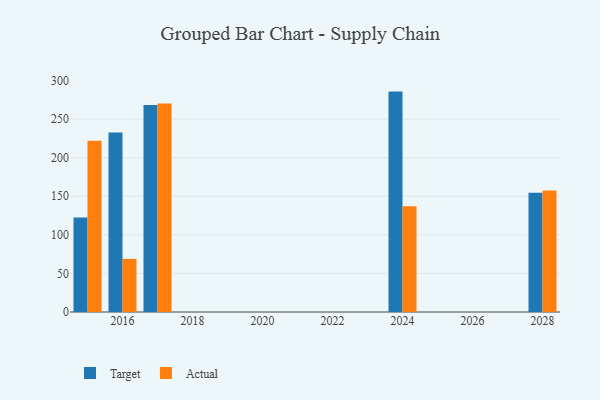
{"axis": {"x": "Year", "y": "Production Output"}, "legend": ["Actual", "Target"], "data": [{"x": "2016", "y": 232.7, "type": "Target"}, {"x": "2016", "y": 68.8, "type": "Actual"}, {"x": "2017", "y": 268.3, "type": "Target"}, {"x": "2017", "y": 270.3, "type": "Actual"}, {"x": "2024", "y": 285.6, "type": "Target"}, {"x": "2024", "y": 136.9, "type": "Actual"}, {"x": "2015", "y": 122.6, "type": "Target"}, {"x": "2015", "y": 222.0, "type": "Actual"}, {"x": "2028", "y": 154.5, "type": "Target"}, {"x": "2028", "y": 157.3, "type": "Actual"}]}